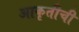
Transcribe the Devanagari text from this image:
आकृतीची